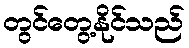
တွင်တွေ့နိုင်သည်